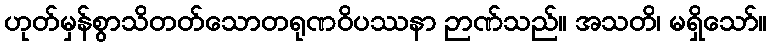
ဟုတ်မှန်စွာသိတတ်သောတရုဏဝိပဿနာ ဉာဏ်သည်။ အသတိ၊ မရှိသော်။